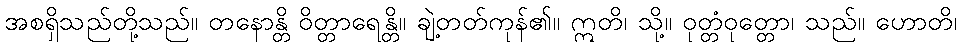
အစရှိသည်တို့သည်။ တနောန္တိ ဝိတ္တာရေန္တိ။ ချဲ့တတ်ကုန်၏။ ဣတိ၊ သို့။ ဝုတ္တံဝုတ္တော၊ သည်။ ဟောတိ၊